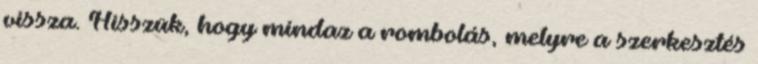
vissza. Hisszük, hogy mindaz a rombolás, melyre a szerkesztés